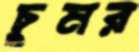
চুমর